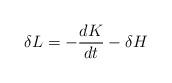
LaTeX: \begin{align*}\delta L=-\frac{dK}{dt}-\delta H\end{align*}